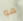
هو